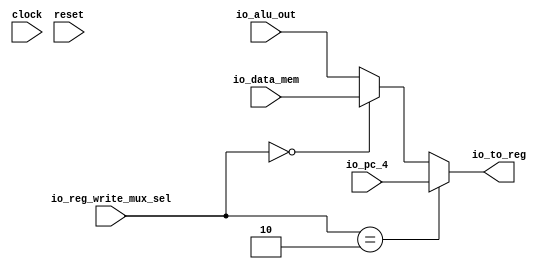
`ifdef RANDOMIZE_GARBAGE_ASSIGN
`define RANDOMIZE
`endif
`ifdef RANDOMIZE_INVALID_ASSIGN
`define RANDOMIZE
`endif
`ifdef RANDOMIZE_REG_INIT
`define RANDOMIZE
`endif
`ifdef RANDOMIZE_MEM_INIT
`define RANDOMIZE
`endif

module reg_write_mux(
  input         clock,
  input         reset,
  input  [31:0] io_data_mem,
  input  [31:0] io_alu_out,
  input  [31:0] io_pc_4,
  input  [1:0]  io_reg_write_mux_sel,
  output [31:0] io_to_reg
);
  wire  _T_12;
  wire  _T_13;
  wire [31:0] _T_16;
  wire [31:0] _T_17;
  assign io_to_reg = _T_17;
  assign _T_12 = io_reg_write_mux_sel == 2'h2;
  assign _T_13 = io_reg_write_mux_sel == 2'h0;
  assign _T_16 = _T_13 ? io_data_mem : io_alu_out;
  assign _T_17 = _T_12 ? io_pc_4 : _T_16;
endmodule